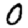
Digit: 0